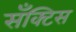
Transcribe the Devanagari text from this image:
सँक्टिस